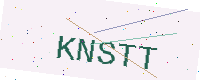
Text: KNSTT